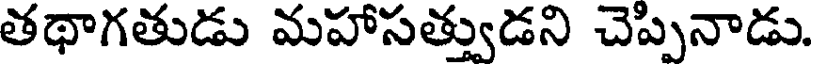
తథాగతుడు మహాసత్తుడని చెప్పనాడు.